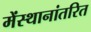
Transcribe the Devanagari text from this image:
मेंस्थानांतरित